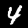
Digit: 4